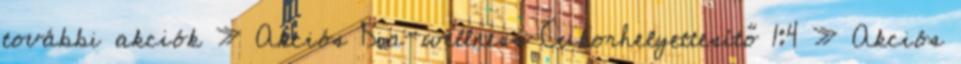
további akciók » Akciós Dia-wellness Cukorhelyettesítő 1:4 » Akciós